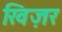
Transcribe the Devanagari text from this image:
खिज़र